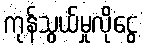
ကုန်သွယ်မှုလိုငွေ